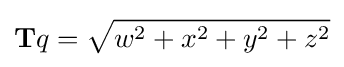
\mathbf {T} q={\sqrt {w^{2}+x^{2}+y^{2}+z^{2}}}